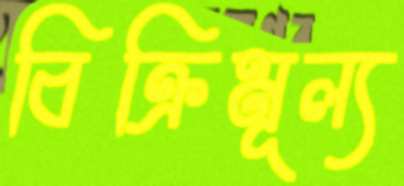
বিক্রিমূল্য